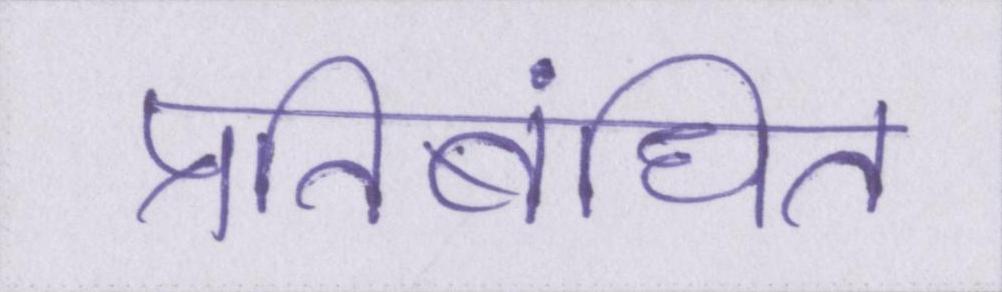
प्रतिबंधित